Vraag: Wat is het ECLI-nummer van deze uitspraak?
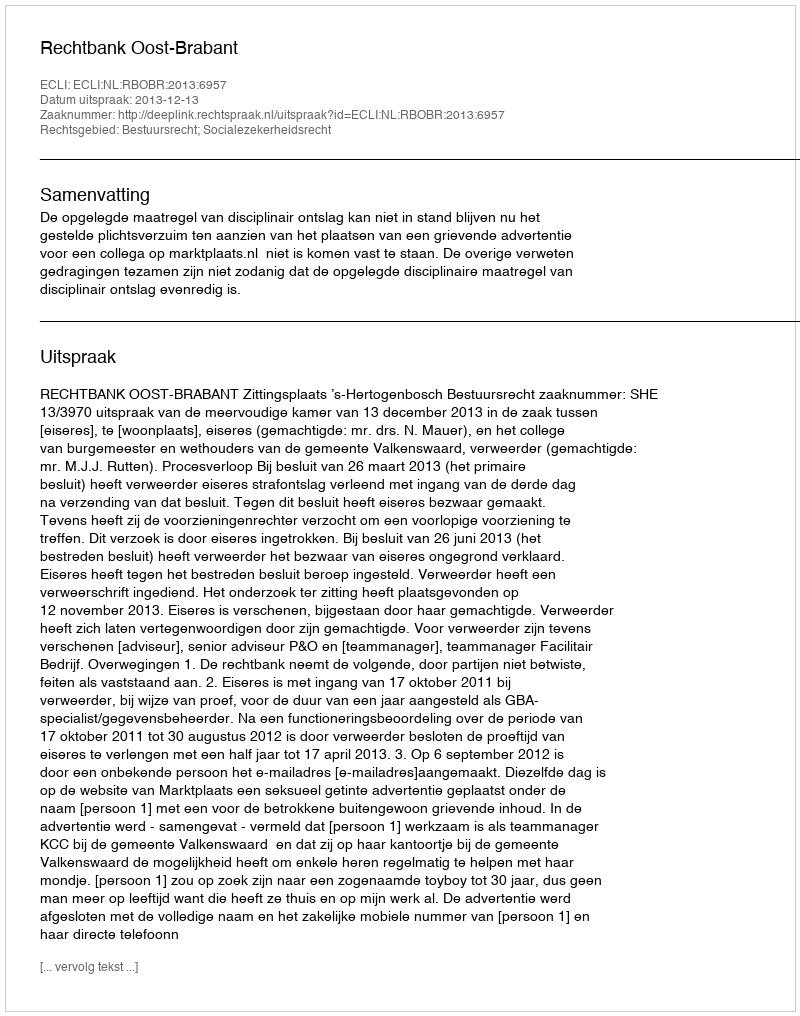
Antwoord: ECLI:NL:RBOBR:2013:6957